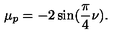
\mu _ { p } = - 2 \sin ( \frac { \pi } { 4 } \nu ) .